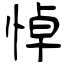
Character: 悼